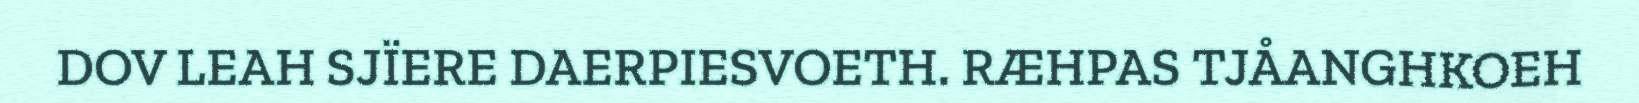
DOV LEAH SJÏERE DAERPIESVOETH. RÆHPAS TJÅANGHKOEH